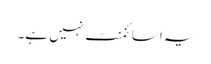
یہ اسائنمنٹ نہیں ہے۔